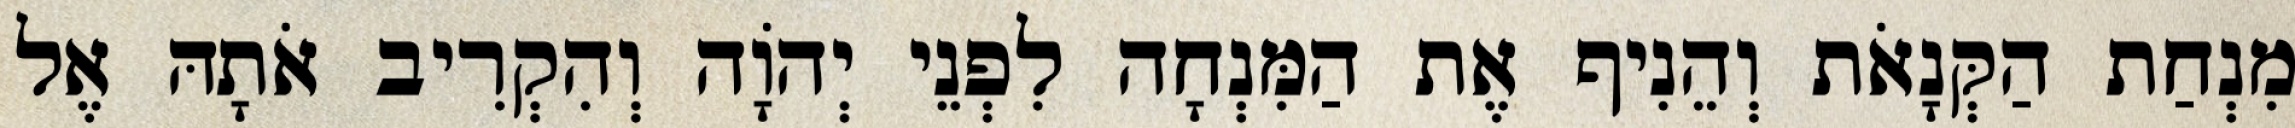
מִנְחַת הַקְּנָאֹת וְהֵנִיף אֶת הַמִּנְחָה לִפְנֵי יְהֹוָה וְהִקְרִיב אֹתָהּ אֶל